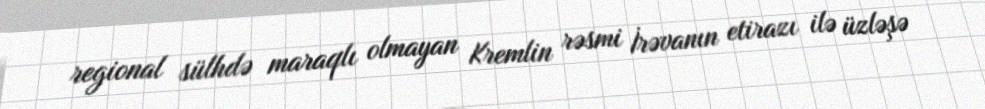
regional sülhdə maraqlı olmayan Kremlin rəsmi İrəvanın etirazı ilə üzləşə